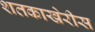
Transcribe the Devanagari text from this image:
शतकाखेरीस